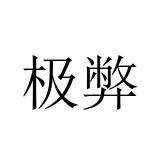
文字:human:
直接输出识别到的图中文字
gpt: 极弊